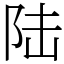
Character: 陆